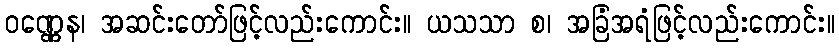
ဝဏ္ဏေန၊ အဆင်းတော်ဖြင့်လည်းကောင်း။ ယသသာ စ၊ အခြံအရံဖြင့်လည်းကောင်း။